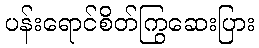
ပန်းရောင်စိတ်ကြွဆေးပြား